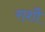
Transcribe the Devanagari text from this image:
राशौ